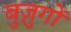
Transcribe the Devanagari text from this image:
बुज़ुगों